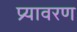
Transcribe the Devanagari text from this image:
प्र्यावरण